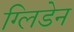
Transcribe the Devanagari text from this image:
ग्लिडेन